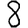
Digit: 8